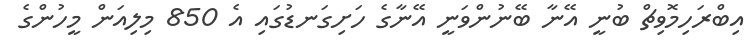
އިބްރަހިމޮވިޗް ބުނީ އޭނާ ބޭނުންވަނީ އޭނާގެ ހަށިގަނޑުގައި އެ 850 މިލިއަން މީހުންގެ